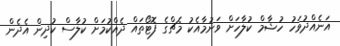
އަނެއްދުވަހު ހުޝާމް ކުލާހަށް ވަނުމާއެކު މެޗްގެ ފޮޓޯތައް ދެއްކުމަށް ކުލާސް ކުދިން އެދެން